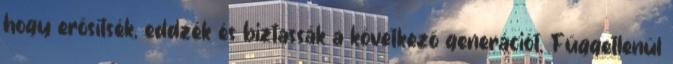
hogy erősítsék, eddzék és biztassák a következő generációt. Függetlenül